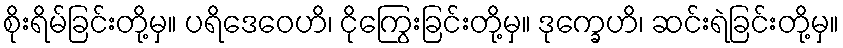
စိုးရိမ်ခြင်းတို့မှ။ ပရိဒေဝေဟိ၊ ငိုကြွေးခြင်းတို့မှ။ ဒုက္ခေဟိ၊ ဆင်းရဲခြင်းတို့မှ။